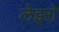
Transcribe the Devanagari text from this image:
लेइरो